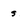
Character: s